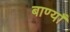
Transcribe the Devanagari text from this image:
बाण्याँ